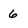
Character: 6